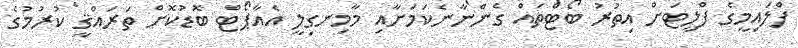
ފްލައިމީގެ ފްލީޓަށް އިތުރު ބޯޓްތައް ގެންނާނެކަމަށާއި މާމިނގިލީ އެއާޕޯޓް ބޮޑުކޮށް ތަރައްޤީ ކުރުމުގެ